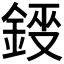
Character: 𮢂